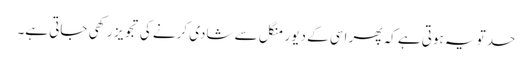
حد تو یہ ہوتی ہے کہ پھر اسی کے دیور منگل سے شادی کرنے کی تجویز رکھی جاتی ہے۔